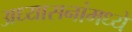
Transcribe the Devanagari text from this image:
अध्यासनांमध्ये